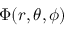
\Phi ( r , \theta , \phi )